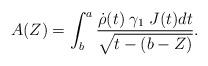
LaTeX: \begin{align*} A(Z) = \int_b^a \frac{\dot{\rho}(t)\; \gamma_1 \; J(t) dt}{\sqrt{t -(b - Z)}}. \end{align*}